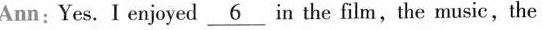
Ann:Yes. I enjoyed \underline{6} in the film,the music,the